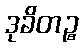
ဒုခိတဉ္စ